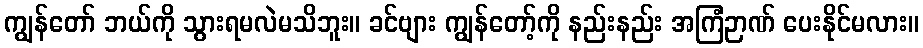
ကျွန်တော် ဘယ်ကို သွားရမလဲမသိဘူး။ ခင်ဗျား ကျွန်တော့်ကို နည်းနည်း အကြံဉာဏ် ပေးနိုင်မလား။